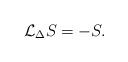
LaTeX: \begin{align*} \mathcal{L}_\Delta S=-S. \end{align*}